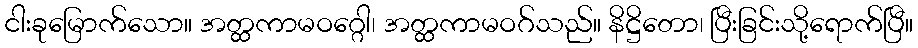
ငါးခုမြောက်သော။ အတ္ထကာမဝဂ္ဂေါ၊ အတ္ထကာမဝဂ်သည်။ နိဋ္ဌိတော၊ ပြီးခြင်းသို့ရောက်ပြီ။